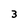
Character: 3